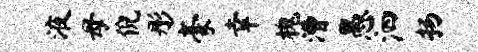
液母倪彤豪幸槐漕愚泗扬